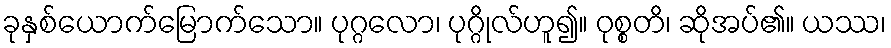
ခုနှစ်ယောက်မြောက်သော။ ပုဂ္ဂလော၊ ပုဂ္ဂိုလ်ဟူ၍။ ဝုစ္စတိ၊ ဆိုအပ်၏။ ယဿ၊